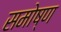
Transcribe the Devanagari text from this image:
समोष्ण